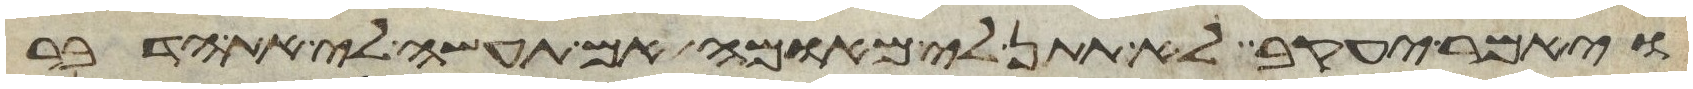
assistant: ויאמר יעקב לא תתן לי מאומה אם תעשה לי את הדבר